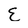
Character: E